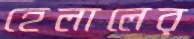
হেলালের